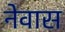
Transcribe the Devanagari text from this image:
नेवास